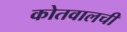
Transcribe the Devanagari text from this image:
कोतवालची